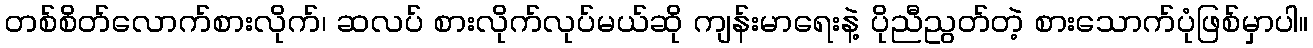
တစ်စိတ်လောက်စားလိုက်၊ ဆလပ် စားလိုက်လုပ်မယ်ဆို ကျန်းမာရေးနဲ့ ပိုညီညွတ်တဲ့ စားသောက်ပုံဖြစ်မှာပါ။